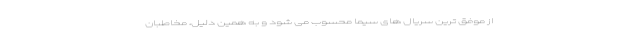
از موفق ترین سریال های سیما محسوب می شود و به همین دلیل، مخاطبان